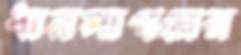
ধানসাগরের